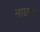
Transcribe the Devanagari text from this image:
नाएब